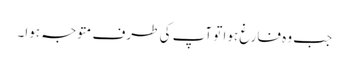
جب وہ فارغ ہوا تو آپ کی طرف متوجہ ہوا۔